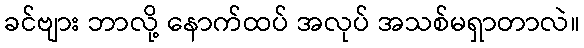
ခင်ဗျား ဘာလို့ နောက်ထပ် အလုပ် အသစ်မရှာတာလဲ။